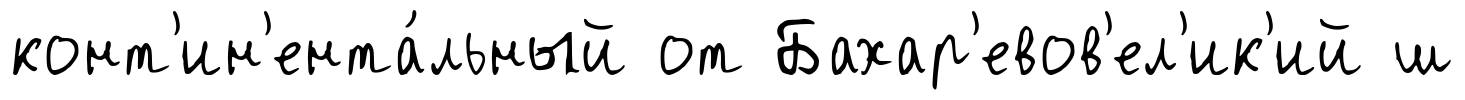
конт'ин'ента́льный от Бахар'евов'ел'ик'ий ш